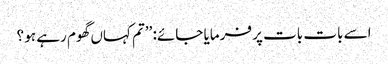
اسے بات بات پر فرمایا جائے: ’’تم کہاں گھوم رہے ہو ؟